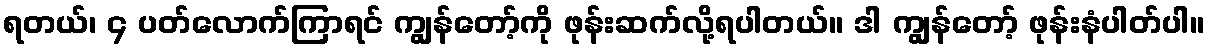
ရတယ်၊ ၄ ပတ်လောက်ကြာရင် ကျွန်တော့်ကို ဖုန်းဆက်လို့ရပါတယ်။ ဒါ ကျွန်တော့် ဖုန်းနံပါတ်ပါ။